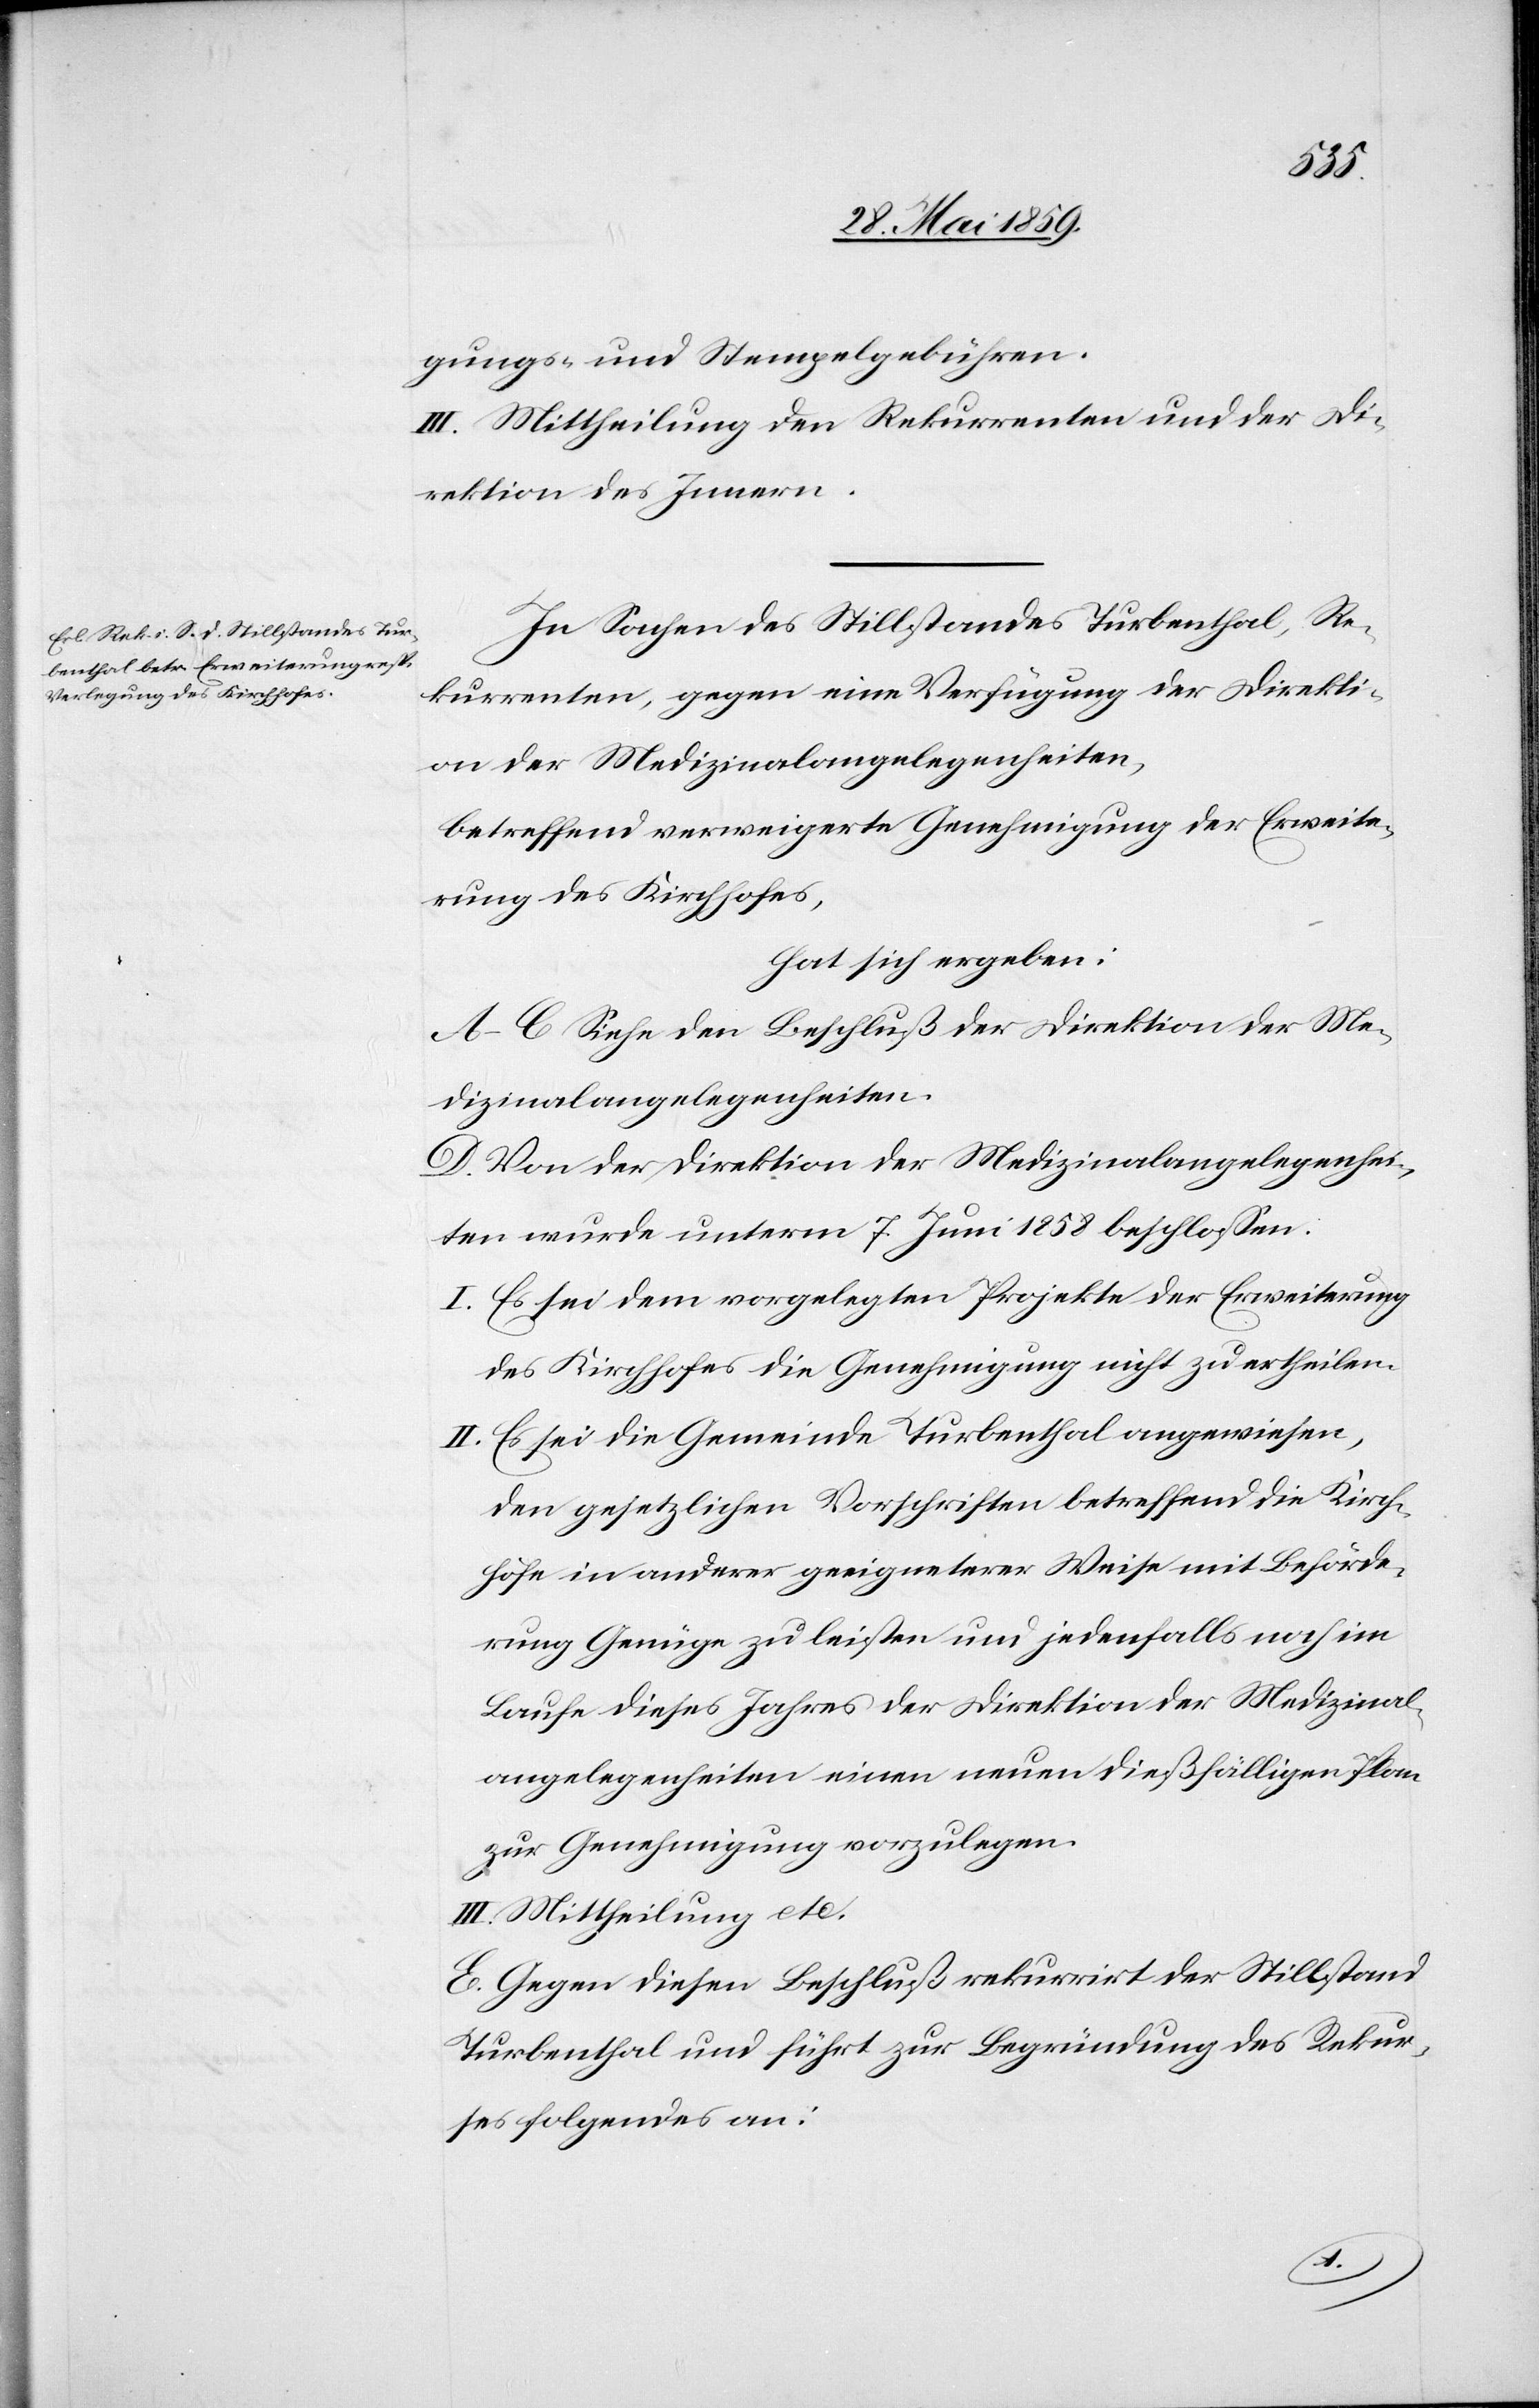
gungs- und Stempelgebühren.
III. Mittheilung den Rekurrenten und der Di¬
rektion des Innern.
In Sachen des Stillstandes Turbenthal, Re¬
kurrenten, gegen eine Verfügung der Direkti¬
on der Medizinalangelegenheiten,
betreffend verweigerte Genehmigung der Erweite¬
rung des Kirchhofes,
hat sich ergeben:
A–C Siehe den Beschluß der Direktion der Me¬
dizinalangelegenheiten.
D. Von der Direktion der Medizinalangelegenhei¬
ten wurde unterm 7. Juni 1858 beschlossen:
I. Es sei dem vorgelegten Projekte der Erweiterung
des Kirchhofes die Genehmigung nicht zu ertheilen.
II. Es sei die Gemeinde Turbenthal angewiesen,
den gesetzlichen Vorschriften betreffend die Kirch¬
höfe in anderer geeigneterer Weise mit Beförde¬
rung Genüge zu leisten und jedenfalls noch im
Laufe dieses Jahres der Direktion der Medizinal¬
angelegenheiten einen neuen dießfälligen Plan
zur Genehmigung vorzulegen.
III. Mittheilung etc.
E. Gegen diesen Beschluß rekurrirt der Stillstand
Turbenthal und führt zur Begründung des Rekur¬
ses folgendes an: